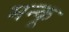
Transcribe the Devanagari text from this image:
मन्कू